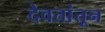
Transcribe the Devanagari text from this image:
देवतांतून